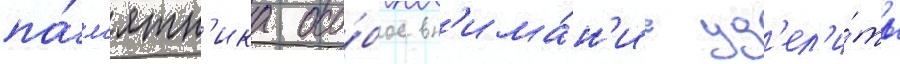
па́м'ятн'ика осо́бое вн'има́н'ие уд'ел'и́ть